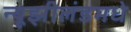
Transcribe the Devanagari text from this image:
न्यूझीलंडमधे